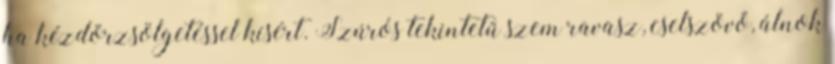
ha kézdörzsölgetéssel kísért. Szúrós tekintetű szem ravasz, cselszövő, álnok